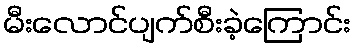
မီးလောင်ပျက်စီးခဲ့ကြောင်း